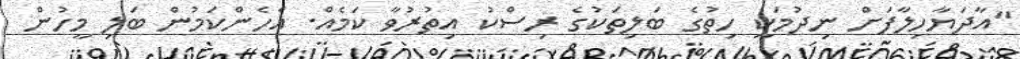
"އާދަޔާހިލާފަށް ނިދުމަކީ ހިތުގެ ބަލިތަކުގެ ރިސްކު އިތުރުވާ ކަމެއް. އެހެންކަމުން ބަލި މީހުން